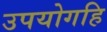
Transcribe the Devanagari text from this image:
उपयोगहि